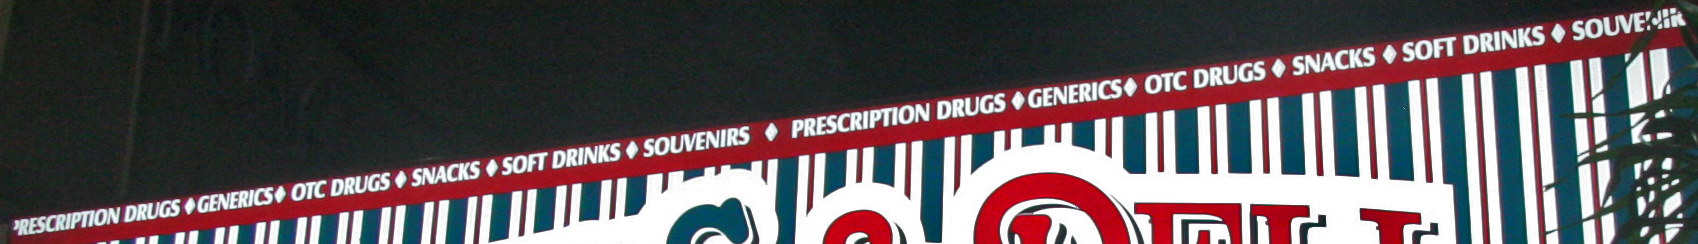
PRESCRIPTION DRUGS GENERICS OTC DRUGS SNACKS SOFT DRINKS SOUVENIRS PRESCRIPTION DRUGS GENERICS OTC DRUGS SNACKS SOFT DRINKS SOUVENIR